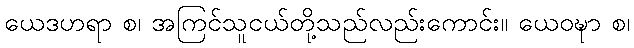
ယေဒဟရာ စ၊ အကြင်သူငယ်တို့သည်လည်းကောင်း။ ယေဝဍ္ဎာ စ၊